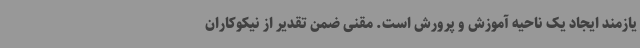
یازمند ایجاد یک ناحیه آموزش و پرورش است. مقنی ضمن تقدیر از نیکوکاران